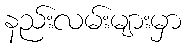
နည်းလမ်းများမှာ